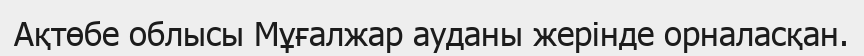
Ақтөбе облысы Мұғалжар ауданы жерінде орналасқан.